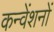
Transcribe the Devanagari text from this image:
कन्वेंशनों